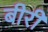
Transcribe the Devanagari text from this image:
बीरी